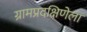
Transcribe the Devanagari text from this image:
ग्रामप्रदक्षिणेला